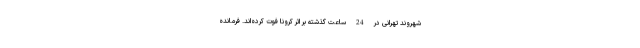
شهروند تهرانی در 24 ساعت گذشته بر اثر کرونا فوت کرده‌اند. فرمانده